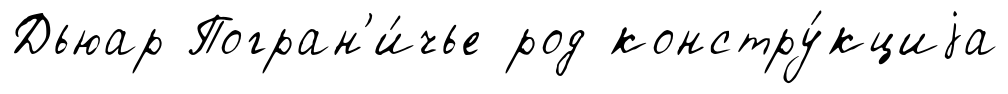
Дьюар Погран'и́чье род констру́кциjа